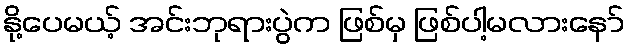
နို့ပေမယ့် အင်းဘုရားပွဲက ဖြစ်မှ ဖြစ်ပါ့မလားနော်